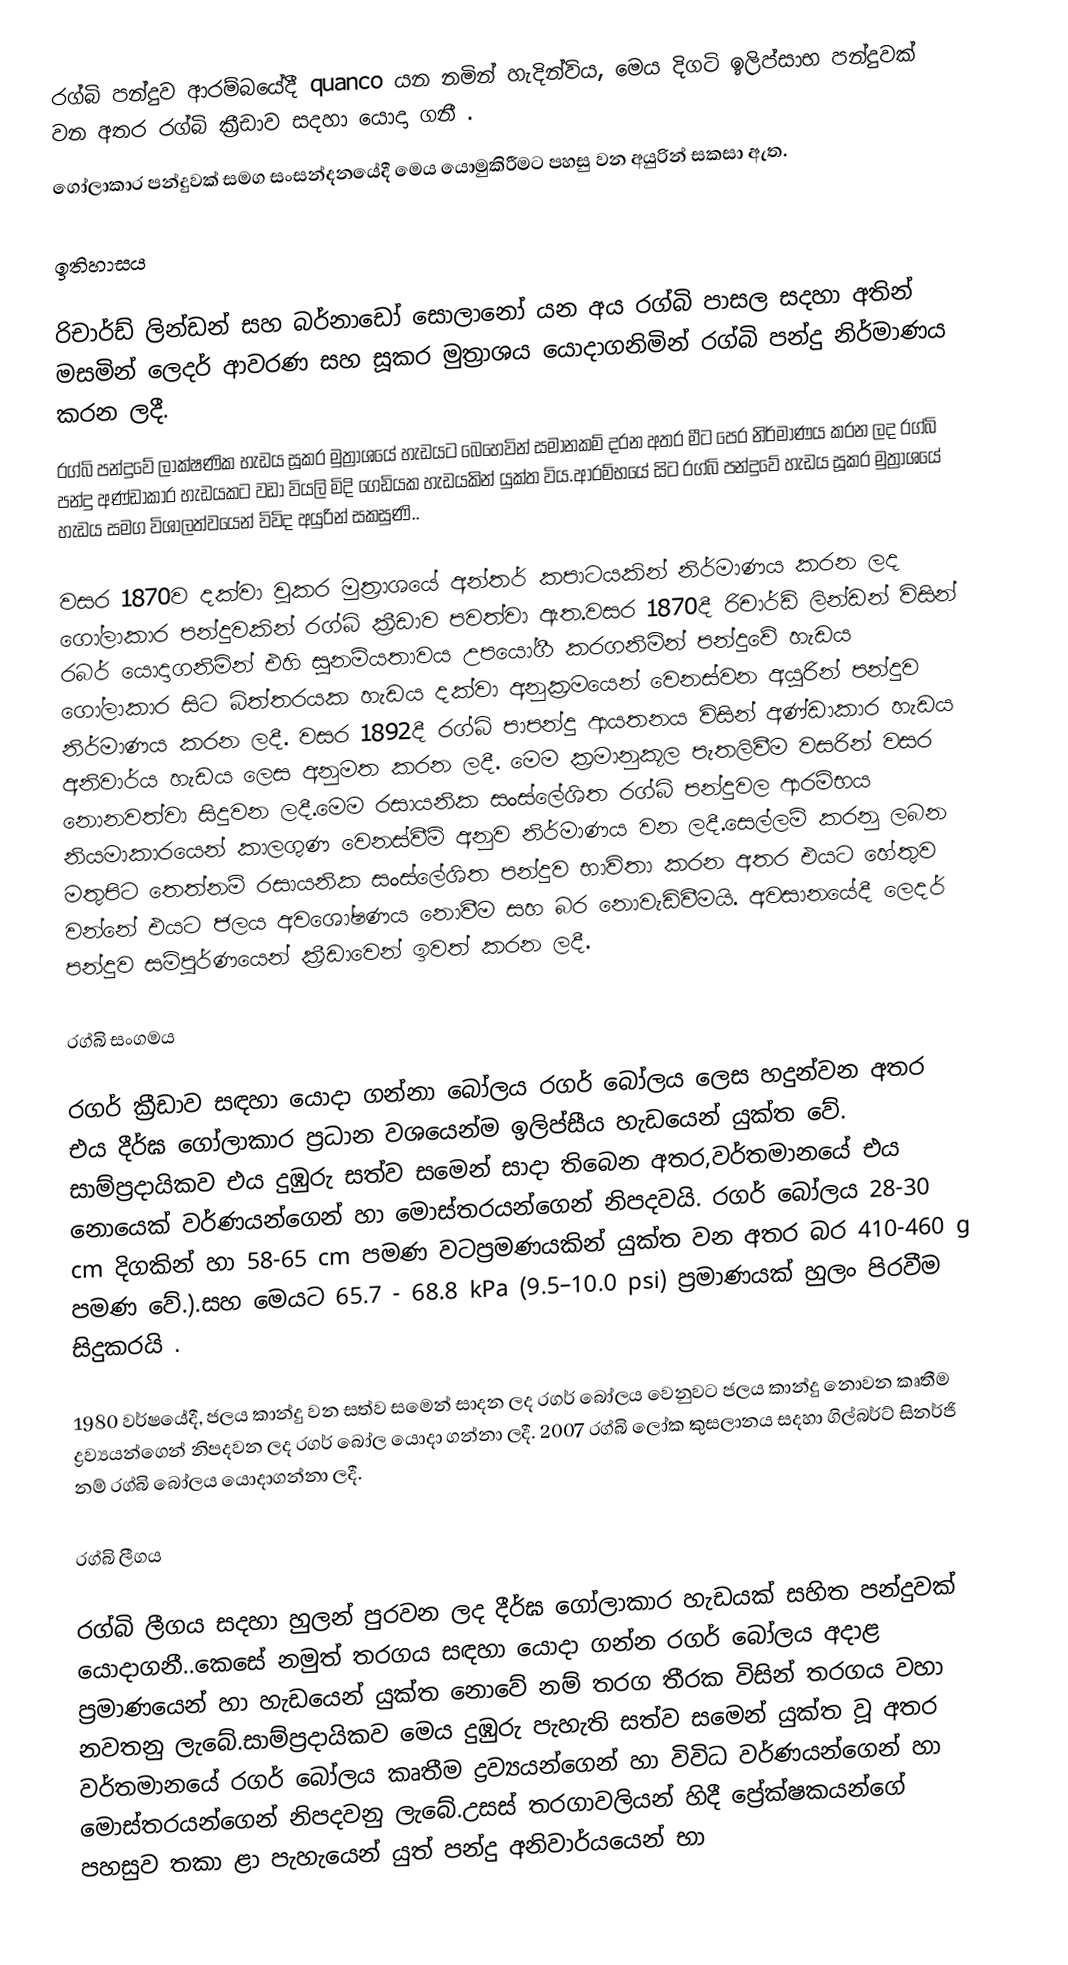
රග්බි පන්දුව ආරම්බයේදී quanco යන  නමින් හැදින්විය, මෙය දිගටි ඉලිප්සාභ පන්දුවක් වන අතර රග්බි ක්‍රීඩාව සදහා යොදා ගනී .
ගෝලාකාර පන්දුවක් සමග සංසන්දනයේදී මෙය යොමුකිරීමට පහසු වන අයුරින් සකසා ඇත.

ඉතිහාසය

රිචාර්ඩ් ලින්ඩන් සහ බර්නාඩෝ සොලානෝ යන අය රග්බි පාසල සදහා  අතින් මසමින් ලෙදර් ආවරණ සහ සූකර මුත්‍රාශය යොදාගනිමින් රග්බි පන්දු නිර්මාණය කරන ලදී.
රග්බි පන්දුවේ ලාක්ෂණික හැඩය සූකර මුත්‍රාශයේ හැඩයට බෙහෙවින් සමානකම් දරන අතර  මීට පෙර නිර්මාණය කරන ලද රග්බි පන්දු අණ්ඩාකාර හැඩයකට වඩා වියලි මිදි ගෙඩියක හැඩයකින් යුක්ත විය.ආරම්භයේ සිට රග්බි පන්දුවේ හැඩය සූකර මුත්‍රාශයේ හැඩය සමග විශාලත්වයෙන් විවිද අයුරින් සකසුණි..

වසර 1870ව දක්වා වූකර මුත්‍රාශයේ අන්තර් කපාටයකින් නිර්මාණය කරන ලද ගෝලාකාර පන්දුවකින් රග්බි ක්‍රීඩාව පවත්වා ඇත.වසර 1870දී රිචාර්ඩ් ලින්ඩන් විසින් රබර් යොදාගනිමින් එහි සුනම්යතාවය උපයෝගී කරගනිමින් පන්දුවේ හැඩය ගෝලාකාර සිට බිත්තරයක හැඩය දක්වා  අනුක්‍රමයෙන් වෙනස්වන අයුරින් පන්දුව නිර්මාණය කරන ලදී. වසර 1892දී රග්බි පාපන්දු ආයතනය විසින් අණ්ඩාකාර හැඩය අනිවාර්ය හැඩය ලෙස අනුමත කරන ලදී. මෙම ක්‍රමානුකූල පැතලිවීම වසරින් වසර නොනවත්වා සිදුවන ලදී.මෙම රසායනික සංස්ලේශිත රග්බි පන්දුවල ආරම්භය නියමාකාරයෙන් කාලගුණ වෙනස්වීම් අනුව නිර්මාණය වන ලදී.සෙල්ලම් කරනු ලබන මතුපිට තෙත්නම් රසායනික සංස්ලේශිත පන්දුව භාවිතා කරන අතර එයට හේතුව වන්නේ එයට ජලය අවශෝෂණය නොවීම සහ බර නොවැඩිවීමයි. අවසානයේදී ලෙදර් පන්දුව සම්පූර්ණයෙන් ක්‍රීඩාවෙන් ඉවත් කරන ලදී.

රග්බි සංගමය

රගර් ක්‍රීඩාව සඳහා යොදා ගන්නා බෝලය රගර් බෝලය ලෙස හදුන්වන අතර එය දීර්ඝ ගෝලාකාර ප්‍රධාන වශයෙන්ම ඉලිප්සීය හැඩයෙන් යුක්ත වේ. සාම්ප්‍රදායිකව එය දුඹුරු සත්ව සමෙන් සාදා තිබෙන අතර,වර්තමානයේ  එය නොයෙක් වර්ණයන්ගෙන් හා මොස්තරයන්ගෙන් නිපදවයි. රගර්  බෝලය 28-30 cm දිගකින් හා 58-65 cm පමණ වටප්‍රමණයකින් යුක්ත වන අතර බර 410-460 g පමණ වේ.).සහ මෙයට 65.7 - 68.8 kPa (9.5–10.0 psi) ප්‍රමාණයක් හුලං පිරවීම සිදුකරයි .

 1980 වර්ෂයේදී, ජලය කාන්දු වන සත්ව සමෙන් සාදන ලද රගර් බෝලය වෙනුවට ජලය කාන්දු නොවන කෘතීම ද්‍රව්‍යයන්ගෙන් නිපදවන ලද රගර් බෝල යොදා ගන්නා ලදී. 2007 රග්බි ලෝක කුසලානය සදහා ගිල්බර්ට් සිනර්ජි නම් රග්බි බෝලය යොදාගන්නා ලදී.

රග්බි ලීගය

රග්බි ලීගය සදහා හුලන් පුරවන ලද දීර්ඝ ගෝලාකාර හැඩයක් සහිත පන්දුවක් යොදාගනී..කෙසේ නමුත් තරගය සඳහා යොදා ගන්න රගර් බෝලය අදාළ ප්‍රමාණයෙන් හා හැඩයෙන් යුක්ත නොවේ නම් තරග තීරක විසින් තරගය වහා නවතනු ලැබේ.සාම්ප්‍රදායිකව මෙය දුඹුරු පැහැති සත්ව සමෙන් යුක්ත වූ අතර වර්තමානයේ රගර් බෝලය කෘතීම ද්‍රව්‍යයන්ගෙන් හා විවිධ  වර්ණයන්ගෙන් හා මොස්තරයන්ගෙන් නිපදවනු ලැබේ.උසස් තරගාවලියන් හිදී ප්‍රේක්ෂකයන්ගේ පහසුව තකා  ළා පැහැයෙන් යුත් පන්දු අනිවාර්යයෙන් භා